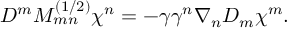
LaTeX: D ^ { m } M _ { m n } ^ { ( 1 / 2 ) } \chi ^ { n } = - \gamma \gamma ^ { n } \nabla _ { n } D _ { m } \chi ^ { m } .